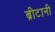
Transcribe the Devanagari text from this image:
ब्रीटानी